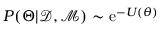
P ( \Theta | \mathcal { D } , \mathcal { M } ) \sim \mathrm { e } ^ { - U ( \theta ) }